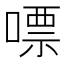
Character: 嘌